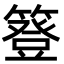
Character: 簦